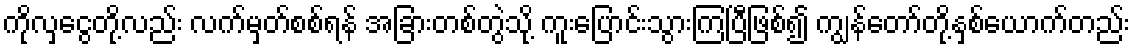
ကိုလှငွေတို့လည်း လက်မှတ်စစ်ရန် အခြားတစ်တွဲသို့ ကူးပြောင်းသွားကြပြီဖြစ်၍ ကျွန်တော်တို့နှစ်ယောက်တည်း